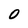
Character: 0